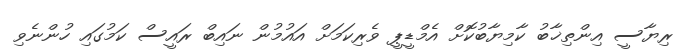
ރިޔާސީ އިންތިޚާބު ކާމިޔާބުކޮށް އެމްޑީޕީ ވެރިކަމަށް އައުމުން ނައިބް ރައީސް ކަމުގައި ހުންނެވި